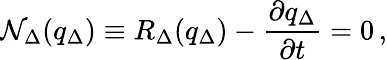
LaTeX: \mathcal{N}_{\Delta}(q_{\Delta})\equiv R_{\Delta}(q_{\Delta})-\frac{\partial q_{\Delta}}{\partial t}=0\, ,